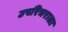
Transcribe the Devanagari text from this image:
उपरिचराला